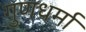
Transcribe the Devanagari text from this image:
गुणधर्मा